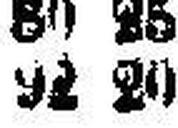
92 20